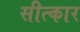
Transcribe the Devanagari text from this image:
सीत्कार